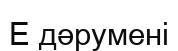
Е дәруменi